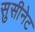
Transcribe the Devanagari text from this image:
सुसीनेट